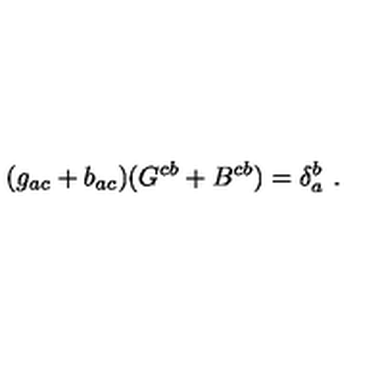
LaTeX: ( g _ { a c } + b _ { a c } ) ( G ^ { c b } + B ^ { c b } ) = \delta _ { a } ^ { b } \ .